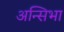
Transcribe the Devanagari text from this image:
अन्सिभा